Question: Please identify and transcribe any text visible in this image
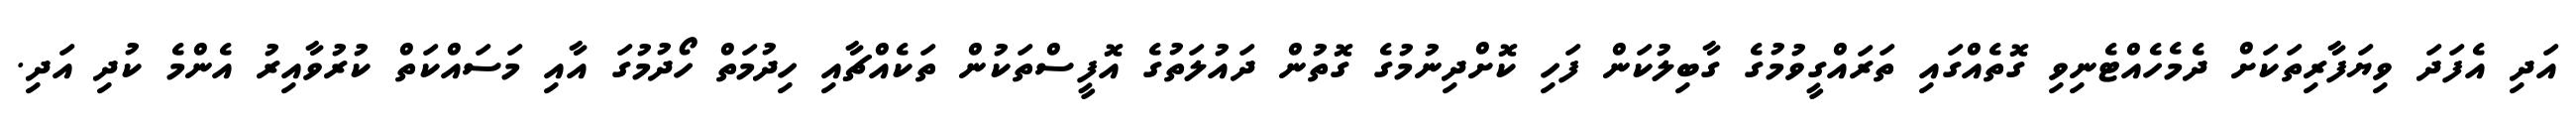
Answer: އަދި އެފަދަ ވިޔަފާރިތަކަށް ދެމެހެއްޓެނިވި ގޮތެއްގައި ތަރައްގީވުމުގެ ގާބިލުކަން ފަހި ކޮށްދިނުމުގެ ގޮތުން ދައުލަތުގެ އޮފީސްތަކުން ތަކެއްޗާއި ހިދުމަތް ހޯދުމުގަ އާއި މަސައްކަތް ކުރުވާއިރު އެންމެ ކުދި އަދި.